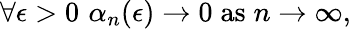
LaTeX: \forall\epsilon>0\, \, \alpha_{n}(\epsilon)\to 0\mathrm{{\; as\; }}n\to\infty,